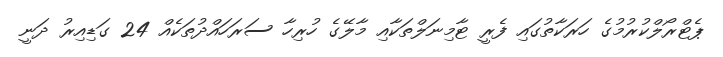
ޕެޓްރޯލްކުރުމުގެ ހަރަކާތުގައި ފެރީ ޓާމިނަލްތަކާއި މާލޭގެ ހުރިހާ ސަރަހައްދުތަކެއް 24 ގަޑިއިރު ދަނީ